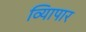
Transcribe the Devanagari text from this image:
व्यािपार